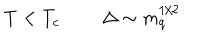
LaTeX: T < T _ { c } \Delta \sim m _ { q } ^ { 1 / 2 }